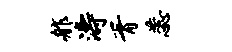
舴涛胥蕊